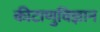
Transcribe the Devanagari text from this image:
कीटाणुविज्ञान